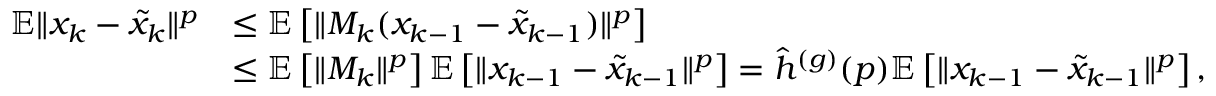
\begin{array} { r l } { \mathbb { E } \Vert x _ { k } - \tilde { x } _ { k } \Vert ^ { p } } & { \leq \mathbb { E } \left[ \Vert M _ { k } ( x _ { k - 1 } - \tilde { x } _ { k - 1 } ) \Vert ^ { p } \right] } \\ & { \leq \mathbb { E } \left[ \Vert M _ { k } \Vert ^ { p } \right] \mathbb { E } \left[ \Vert x _ { k - 1 } - \tilde { x } _ { k - 1 } \Vert ^ { p } \right] = \hat { h } ^ { ( g ) } ( p ) \mathbb { E } \left[ \Vert x _ { k - 1 } - \tilde { x } _ { k - 1 } \Vert ^ { p } \right] , } \end{array}